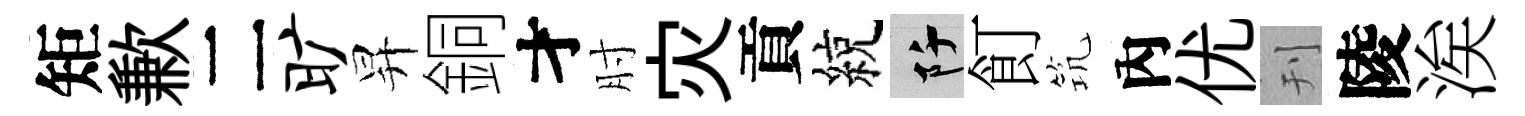
矩歉二旷昇銅才肘灾貢綂阡飣𥬑內优刊陵涘